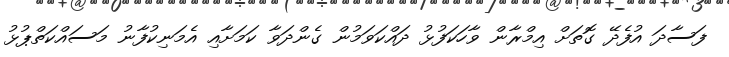
ފަސާދަ އުފެދޭ ގޮތަށް އިމްރާން ވާހަކަފުޅު ދައްކަވަމުން ގެންދަވާ ކަމަށާއި އެމަނިކުފާނު މަސައްކަތްޕުޅު